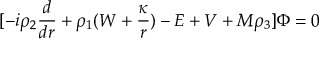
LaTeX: \lbrack - i \rho _ { 2 } { \frac { d } { d r } } + \rho _ { 1 } ( W + { \frac { \kappa } { r } } ) - E + V + M \rho _ { 3 } \rbrack \Phi = 0